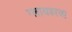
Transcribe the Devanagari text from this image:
ग्लायडरचा